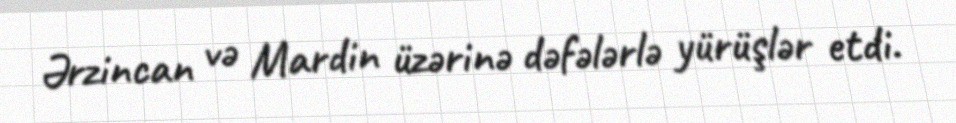
Ərzincan və Mardin üzərinə dəfələrlə yürüşlər etdi.